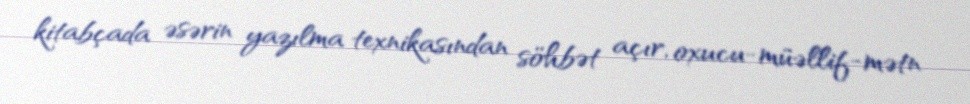
kitabçada əsərin yazılma texnikasından söhbət açır, oxucu-müəllif-mətn